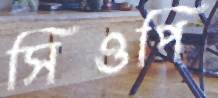
সিওপি